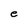
Character: e